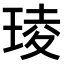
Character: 𤦫